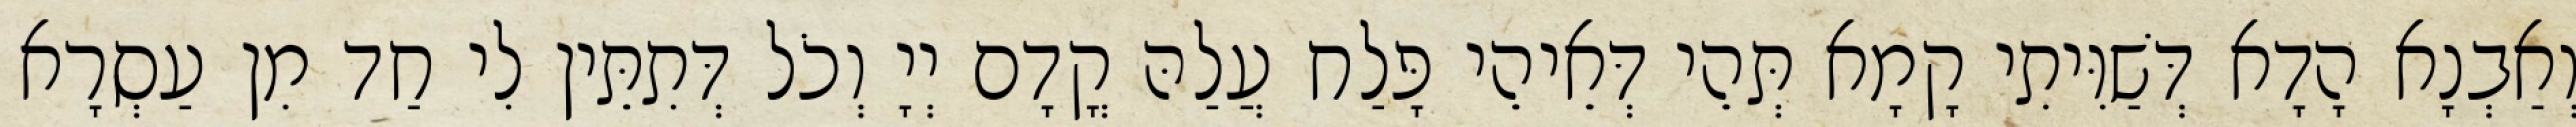
וְאַבְנָא הָדָא דְּשַׁוִּיתִי קָמָא תְּהֵי דְּאֵיהֵי פָּלַח עֲלַהּ קֳדָם יְיָ וְכֹל דְּתִתֵּין לִי חַד מִן עַסְרָא